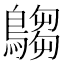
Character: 𪄞